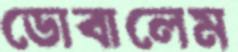
ডোবালেম